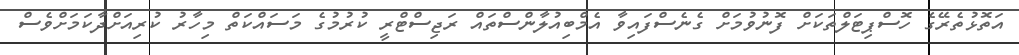
އަތޮޅުތެރޭގެ ހޮސްޕިޓަލްތަކަށް ފޮނުވުމަށް ގެނެސްފައިވާ އެމްބިއުލާންސްތައް ރަޖިސްޓްރީ ކުރުމުގެ މަސައްކަތް މިހާރު ކުރިއަށްދާކަމަށްވެސް